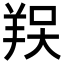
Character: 𦎀